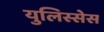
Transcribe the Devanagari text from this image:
युलिस्सेस